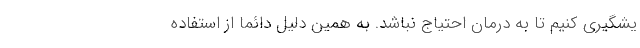
یشگیری کنیم تا به درمان احتیاج نباشد. به همین دلیل دائما از استفاده